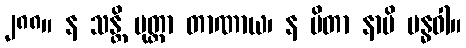
၂၈၈။ န သန္တိ ပုတ္တာ တာဏာယ၊ န ပိတာ နာပိ ဗန္ဓဝါ။